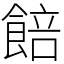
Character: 餢